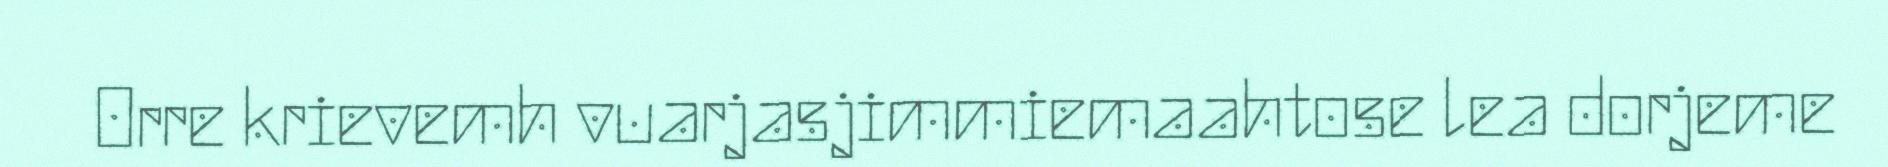
Orre krievemh vuarjasjimmiemaahtose lea dorjeme